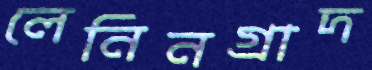
লেনিনগ্রাদ